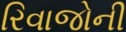
રિવાજોની